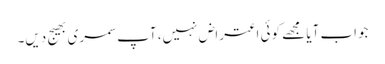
جواب آیا مجھے کوئی اعتراض نہیں، آپ سمری بھیج دیں۔